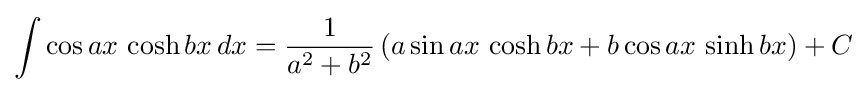
\int \cos ax\,\cosh bx\,dx={\frac {1}{a^{2}+b^{2}}}\left(a\sin ax\,\cosh bx+b\cos ax\,\sinh bx\right)+C